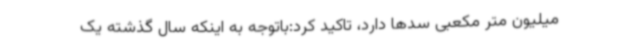
میلیون متر مکعبی سدها دارد، تاکید کرد:باتوجه به اینکه سال گذشته یک